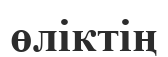
өліктің